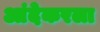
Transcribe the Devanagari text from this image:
आंदेकरला